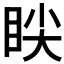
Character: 𱲱